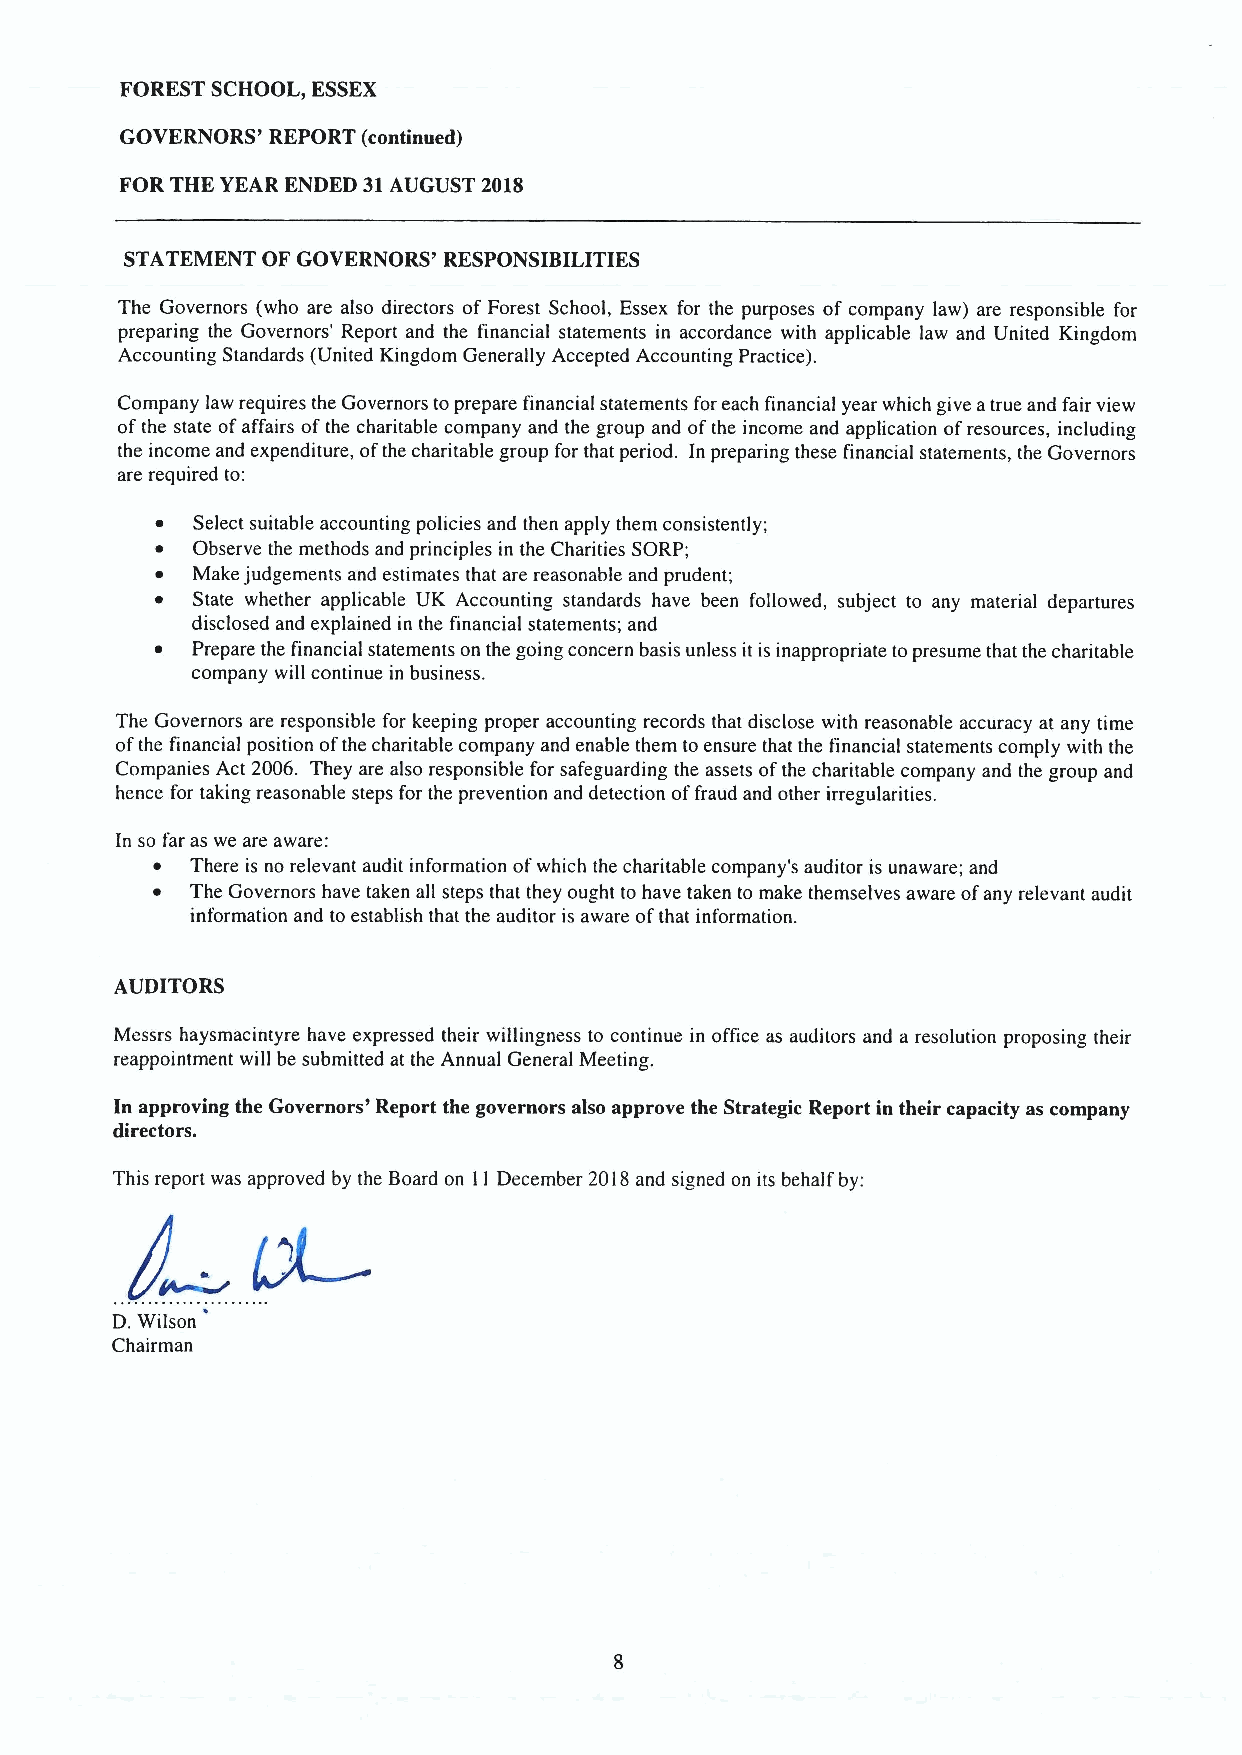
FOREST SCHOOL, ESSEX
 GOVERNORS' REPORT (continued)
 FOR THE YEAR ENDED 31AUGUST 2018
 STATEMENT OF GOVERNORS' RESPONSIBILITIES
 The Governors (who are also directors of Forest School, Essex for the purposes of company law) are responsible for
 preparing the Governors' Report and the financial statements in accordance with applicable law and United Kingdom
 Accounting Standards (United Kingdom Generally Accepted Accounting Practice).
 Company law requires the Governors toprepare financial statements for each financial year which give atrue and fair view
 ofthe state ofaffairs ofthe charitable company and the group and ofthe income and application ofresources, including
 the income and expenditure, ofthe charitable group for that period. In preparing these financial statements, the Governors
 are required to:
 ~  Select suitable accounting policies and then apply them consistently;
 ~  Observe the methods and principles in the Charities SORP;
 ~  Make judgements and estimates that are reasonable and prudent;
 ~  State whether applicable UK Accounting standards have been followed, subject to any material departures
 disclosed and explained in the financial statements; and
 ~  Prepare the financial statements on the going concern basis unless it is inappropriate topresume that the charitable
 company will continue in business.
 The Governors are responsible for keeping proper accounting records that disclose with reasonable accuracy at any time
 ofthe financial position ofthe charitable company and enable them to ensure that the financial statements comply with the
 Companies Act 2006. They are also responsible for safeguarding the assets ofthe charitable company and the group and
 hence for taking reasonable steps for the prevention and detection offraud and other irregularities.
 In so far as we are aware:
 ~  There is no relevant audit information ofwhich the charitable company's auditor is unaware; and
 ~  The Governors have taken all steps that they ought to have taken to make themselves aware ofany relevant audit
 information and to establish that the auditor is aware ofthat information.
 AUDITORS
 Messrs haysmacintyre have expressed their willingness to continue in office as auditors and a resolution proposing their
 reappointment will be submitted at the Annual General Meeting.
 In approving the Governors' Report the governors also approve the Strategic Report in their capacity as company
 directors.
 This report was approved by the Board on 11December 2018and signed on its behalf by:
 D.Wilson
 Chairman